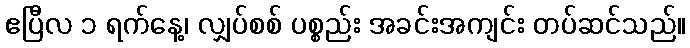
ဧပြီလ ၁ ရက်နေ့၊ လျှပ်စစ် ပစ္စည်း အခင်းအကျင်း တပ်ဆင်သည်။